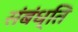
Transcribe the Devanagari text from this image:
संबंध्ति